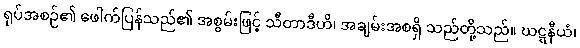
ရုပ်အစဉ်၏ ဖေါက်ပြန်သည်၏ အစွမ်းဖြင့် သီတာဒီဟိ၊ အချမ်းအစရှိ သည်တို့သည်။ ဃဋ္ဋနီယံ၊